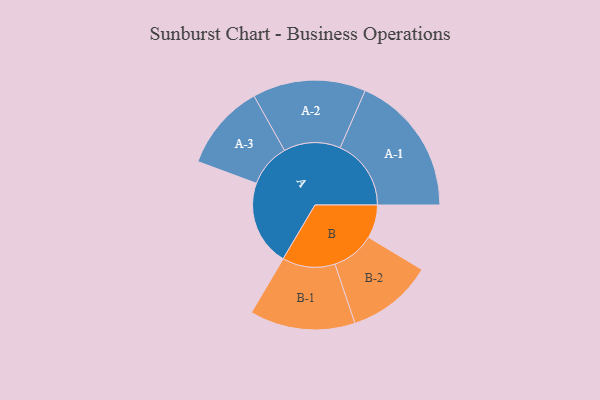
{"axis": {"x": "Segment", "y": "Value"}, "legend": ["", "A", "B"], "data": [{"x": "A", "y": 351, "type": ""}, {"x": "B", "y": 137, "type": ""}, {"x": "A-1", "y": 292, "type": "A"}, {"x": "A-2", "y": 233, "type": "A"}, {"x": "A-3", "y": 178, "type": "A"}, {"x": "B-1", "y": 217, "type": "B"}, {"x": "B-2", "y": 177, "type": "B"}]}